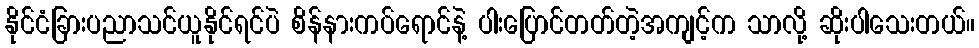
နိုင်ငံခြားပညာသင်ယူနိုင်ရင်ပဲ စိန်နားကပ်ရောင်နဲ့ ပါးပြောင်တတ်တဲ့အကျင့်က သာလို့ ဆိုးပါသေးတယ်။